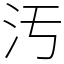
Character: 汚